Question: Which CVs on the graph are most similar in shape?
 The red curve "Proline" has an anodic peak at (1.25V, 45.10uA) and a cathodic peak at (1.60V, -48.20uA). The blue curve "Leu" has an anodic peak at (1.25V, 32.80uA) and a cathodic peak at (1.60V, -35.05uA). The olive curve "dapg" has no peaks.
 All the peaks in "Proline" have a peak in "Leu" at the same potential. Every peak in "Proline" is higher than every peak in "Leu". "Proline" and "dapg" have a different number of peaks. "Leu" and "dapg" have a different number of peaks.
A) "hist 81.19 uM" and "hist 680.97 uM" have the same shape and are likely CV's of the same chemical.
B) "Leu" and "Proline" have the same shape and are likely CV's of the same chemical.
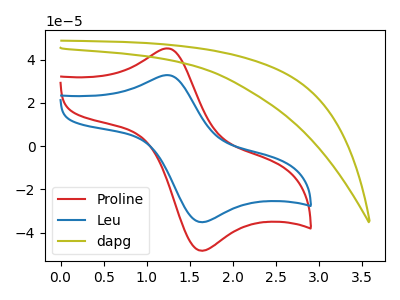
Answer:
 <answer>B) "Leu" and "Proline" have the same shape and are likely CV's of the same chemical.</answer>
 <eval>B</eval>